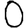
Digit: 0